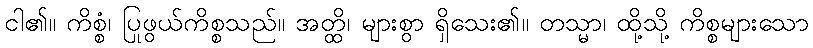
ငါ၏။ ကိစ္စံ၊ ပြုဖွယ်ကိစ္စသည်။ အတ္ထိ၊ များစွာ ရှိသေး၏။ တသ္မာ၊ ထို့သို့ ကိစ္စများသော